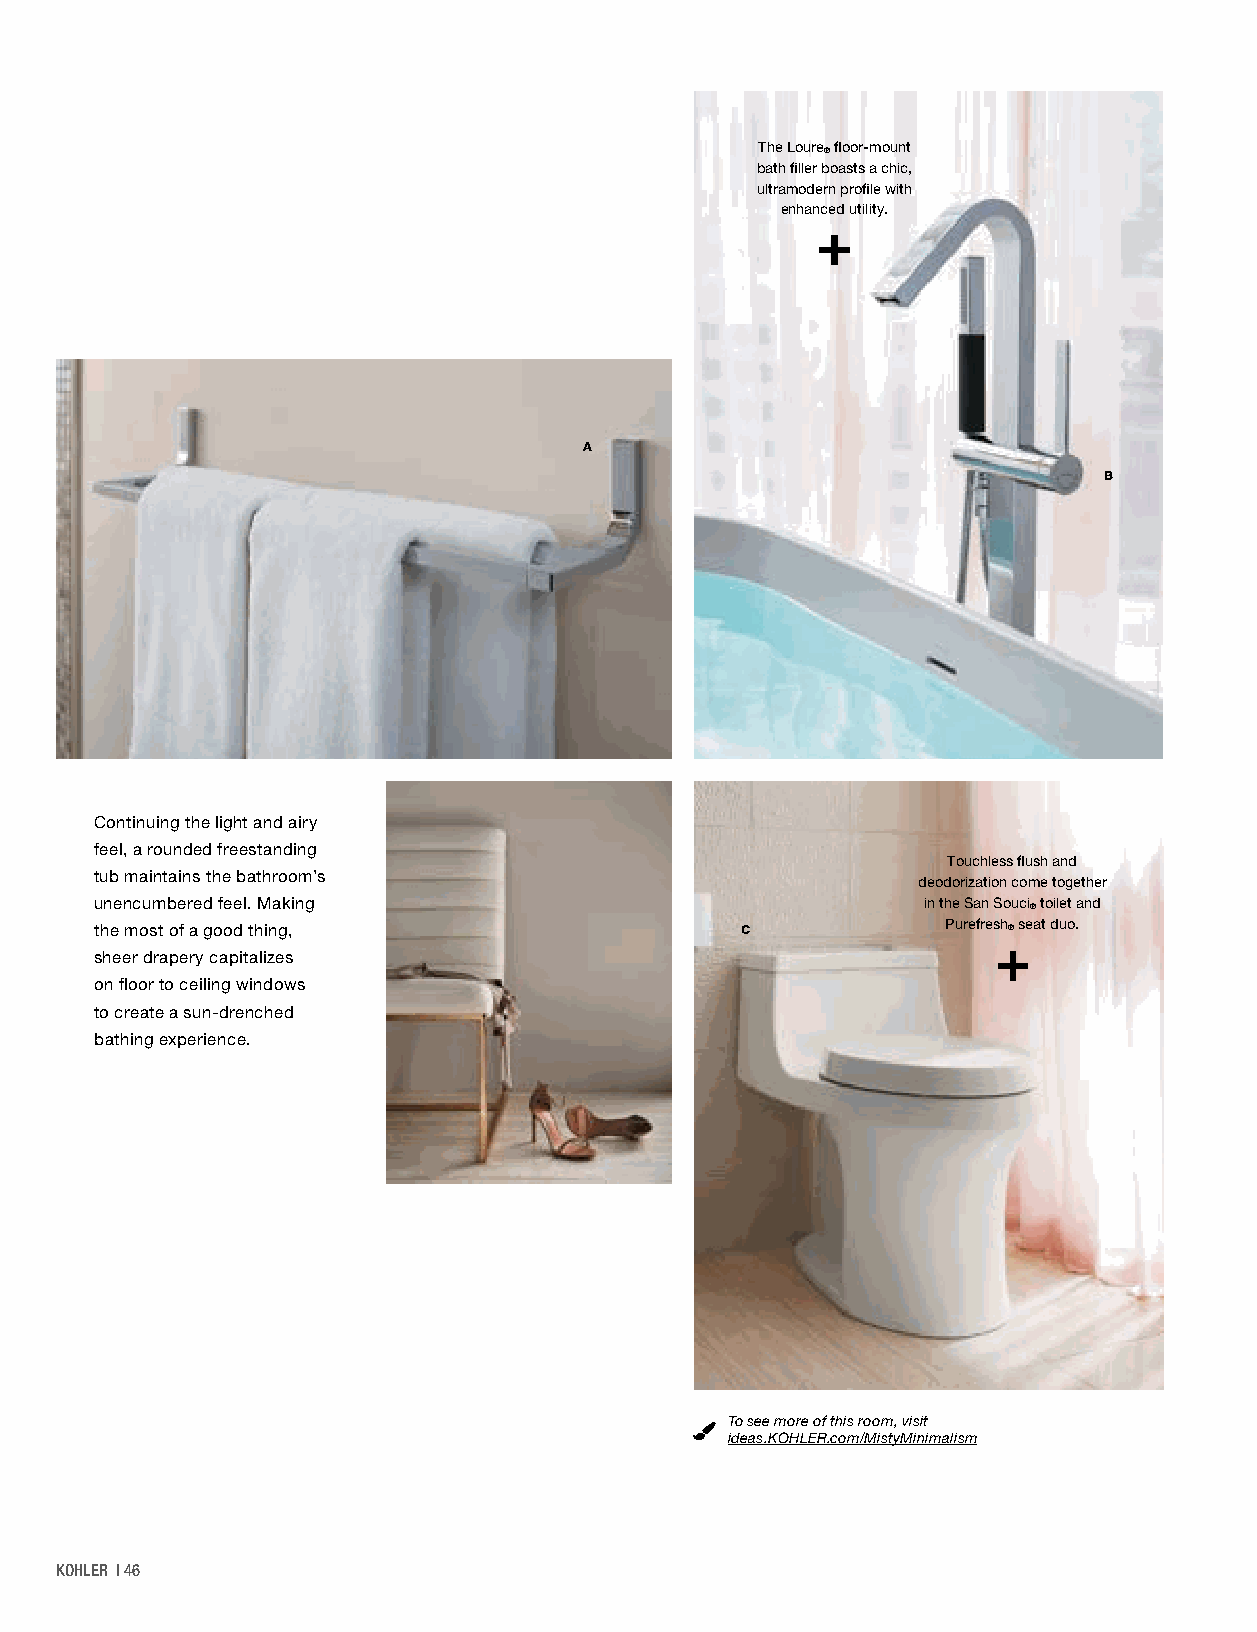
The Loure floor-mount
 ®
 bath filler boasts a chic,
 ultramodern profile with
 enhanced utility.
 A
 B
 Continuing the light and airy
 feel, a rounded freestanding
 Touchless flush and
 tub maintains the bathroom’s
 deodorization come together
 unencumbered feel. Making                              in the San Souci toilet and
 ®
 the most of a good thing,                  C             Purefresh ® seat duo.
 sheer drapery capitalizes
 on floor to ceiling windows
 to create a sun-drenched
 bathing experience.
 To see more of this room, visit
 ideas.KOHLER.com/MistyMinimalism
 KOHLER | 46